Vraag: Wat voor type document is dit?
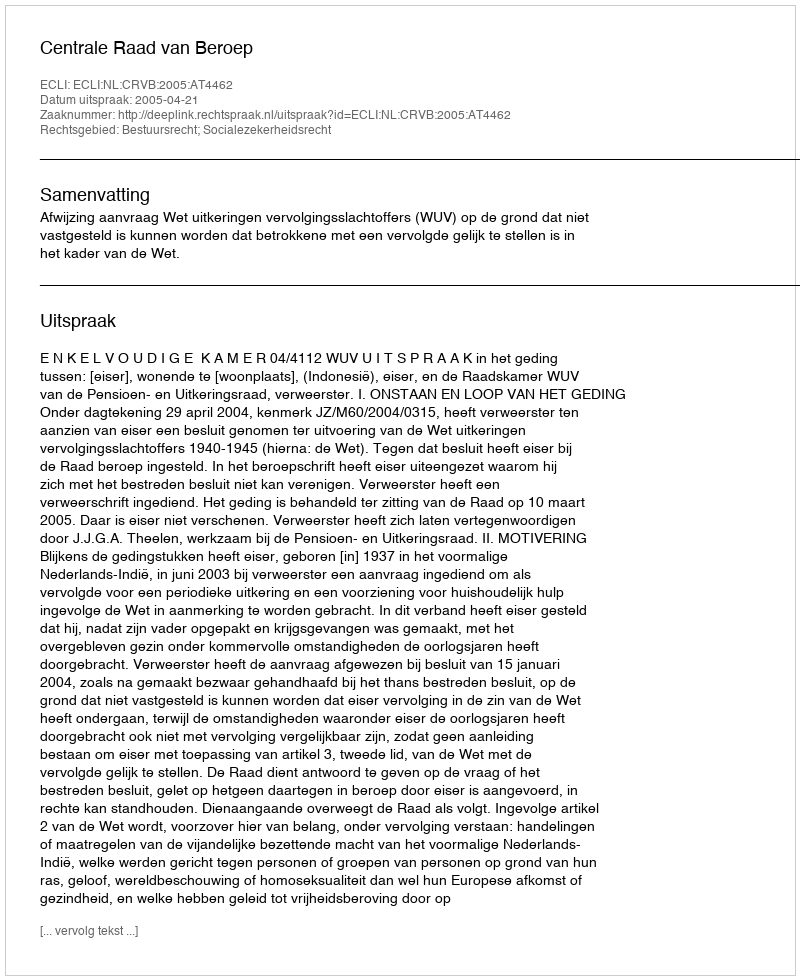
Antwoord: Uitspraak